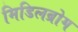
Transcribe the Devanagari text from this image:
मिडिलब्रोग